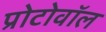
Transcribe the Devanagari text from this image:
प्रोटोवॉल